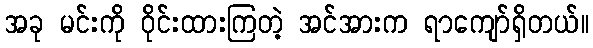
အခု မင်းကို ဝိုင်းထားကြတဲ့ အင်အားက ရာကျော်ရှိတယ်။